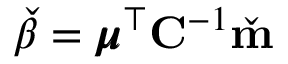
\check { \beta } = \pmb { \mu } ^ { \top } \mathbf { C } ^ { - 1 } \check { \mathbf { m } }